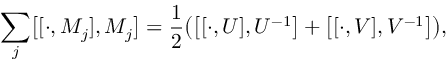
\sum _ { j } \bigl [ [ \cdot , M _ { j } ] , M _ { j } \bigr ] = { \frac { 1 } { 2 } } \bigl ( \bigl [ [ \cdot , U ] , U ^ { - 1 } \bigr ] + \bigl [ [ \cdot , V ] , V ^ { - 1 } \bigr ] \bigr ) , \nonumber